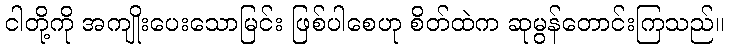
ငါတို့ကို အကျိုးပေးသောမြင်း ဖြစ်ပါစေဟု စိတ်ထဲက ဆုမွန်တောင်းကြသည်။